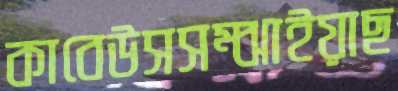
কাবেউসসম্‌ঝাইয়াছ